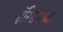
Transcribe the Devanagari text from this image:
हॅरिसनाचा